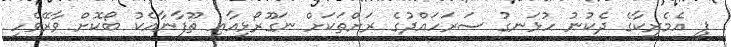
ޕީ އެމެރިކާގެ ދެކުނު ހުޅަނގު ސަރަހައްދުގެ ރަށްތަކަށް ނަގޫރޯޅިއާއި ތޫފާނާއެކު ބޯކޮށް ވާރޭވެހި